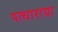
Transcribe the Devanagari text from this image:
पत्थाराया